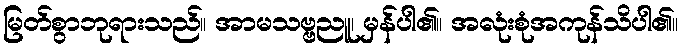
မြတ်စွာဘုရားသည်။ အာမသဗ္ဗညူ၊ မှန်ပါ၏။ အလုံးစုံအကုန်သိပါ၏။